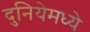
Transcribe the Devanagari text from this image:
दुनियेमध्ये